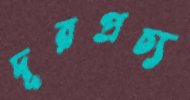
দূরপ্রচ্য